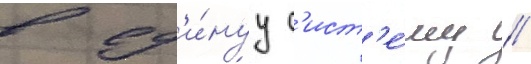
в ед'и́нуу с'ист'е́му //